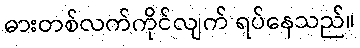
ဓားတစ်လက်ကိုင်လျက် ရပ်နေသည်။